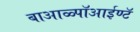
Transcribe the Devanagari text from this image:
बाआळ्पॉआईण्टॅ